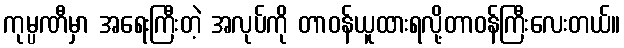
ကုမ္ပဏီမှာ အရေးကြီးတဲ့ အလုပ်ကို တာဝန်ယူထားရလို့တာဝန်ကြီးလေးတယ်။